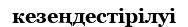
кезеңдестірілуі